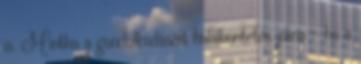
is. Mintha a gondolkodásért halálbüntetés járna - ha a